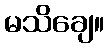
မသိချေ။